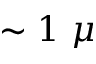
\sim 1 ~ \mu